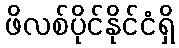
ဖိလစ်ပိုင်နိုင်ငံရှိ